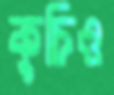
কুচিও